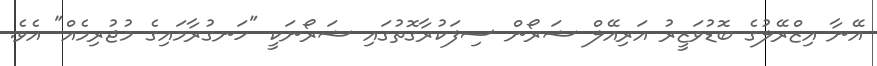
އޭނާ އިޒްރޭލުގެ ބޮޑުވަޒީރު އަރިއޭލް ޝަރޯން ސިފަކުރާގޮތުގައި ޝަރޯނަކީ "ހަނގުރާމައިގެ މުޖުރިމެއް" އެވެ.